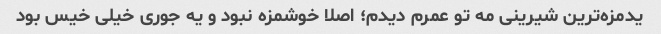
یدمزه‌ترین شیرینی مه تو عمرم دیدم؛ اصلا خوشمزه نبود و یه جوری خیلی خیس بود